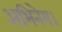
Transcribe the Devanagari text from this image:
अभिनेय।